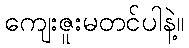
ကျေးဇူးမတင်ပါနဲ့။